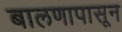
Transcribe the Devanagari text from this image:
बालणापासून